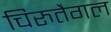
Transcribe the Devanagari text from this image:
चिरुतैगल